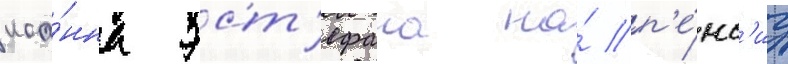
иоа́нна эст'ефана на́ п'е́нс'иу